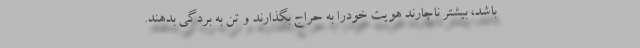
باشد، بیشتر ناچارند هویت خودرا به حراج بگذارند و تن به بردگی بدهند.